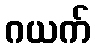
ဂယက်